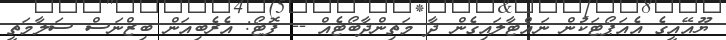
ޔޫއޭއީގެ އެއަޕޯޓަކުން ނައްޓާލައިގެން ދާ މަތިންދާބޯޓެއް -- ފޮޓޯ: އެރެބިއަން ބިޒްނަސް ސަލާމަތީ